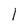
Character: 1